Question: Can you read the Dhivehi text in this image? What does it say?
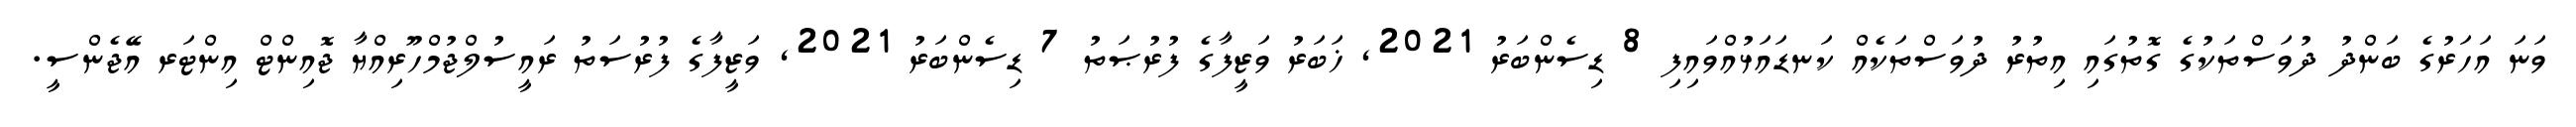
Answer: ވަނަ އަހަރުގެ ބަންދު ދުވަސްތަކުގެ ގޮތުގައި އިތުރު ދުވަސްތަކެއް ކަނޑައަޅުއްވައިފި 8 ޑިސެންބަރު 2021, ޚަބަރު ވަޒީފާގެ ފުރުޞަތު 7 ޑިސެންބަރު 2021, ވަޒީފާގެ ފުރުސަތު ރައީސުލްޖުމްހޫރިއްޔާ ޖޮއިންޓް އިންޓަރ އޭޖެންސީ.